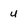
Character: u